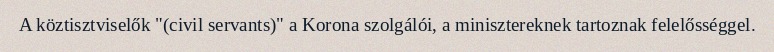
A köztisztviselők "(civil servants)" a Korona szolgálói, a minisztereknek tartoznak felelősséggel.